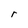
Character: r